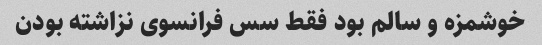
خوشمزه و سالم بود فقط سس فرانسوی نزاشته بودن